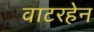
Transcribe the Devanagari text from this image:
वाटरहेन